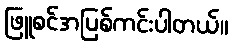
ဖြူစင်အပြစ်ကင်းပါတယ်။